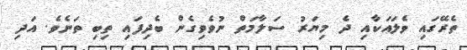
ތެރޭގައި ވެލައަކާއި ދެ މިޔަރު ސަލާމަތް ނުވެވިގެން ބެދިފައި ތިބި ތަނެވެ. އަދި